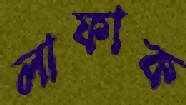
লাফাক